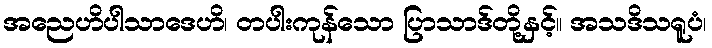
အညေဟိပါသာဒေဟိ၊ တပါးကုန်သော ပြာသာဒ်တို့နှင့်။ အသဒိသရူပံ၊